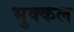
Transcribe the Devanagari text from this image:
भुक्कल